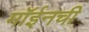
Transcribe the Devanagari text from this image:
मॉईनची